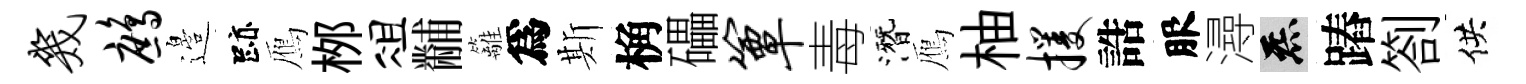
几鹧邉跡鴈桞俎黼籬爲斯桷礧簟毒潛鴈柚攫誥服潯炁蹖劄供